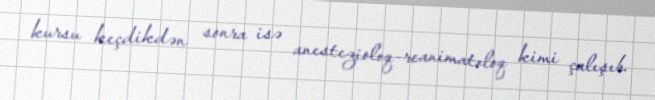
kursu keçdikdən sonra isə anestezioloq-reanimatoloq kimi çalışıb.